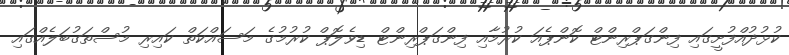
ކުޅުދުއްފުށީގައި ފިންގަޕްރިންޓް ކޮންޕެއަ ކުރުމާއި ފިންގަޕްރިންޓް ޑިވެލޮޕް ކުރުމުގެ މަސައްކަތް ކައިރި މުސްތަގުބަލެއްގައި